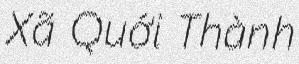
Xã Quới Thành